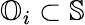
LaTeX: \mathbb{O}_{i}\subset\mathbb{S}